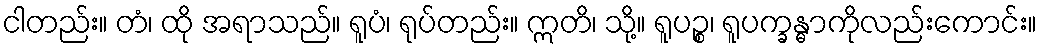
ငါတည်း။ တံ၊ ထို အရာသည်။ ရူပံ၊ ရုပ်တည်း။ ဣတိ၊ သို့။ ရူပဉ္စ၊ ရူပက္ခန္ဓာကိုလည်းကောင်း။